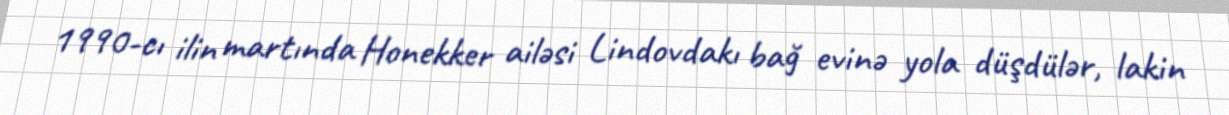
1990-cı ilin martında Honekker ailəsi Lindovdakı bağ evinə yola düşdülər, lakin